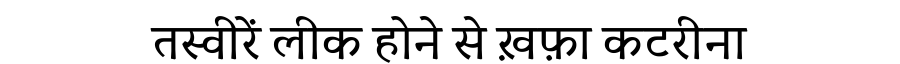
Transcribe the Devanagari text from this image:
तस्वीरें लीक होने से ख़फ़ा कटरीना